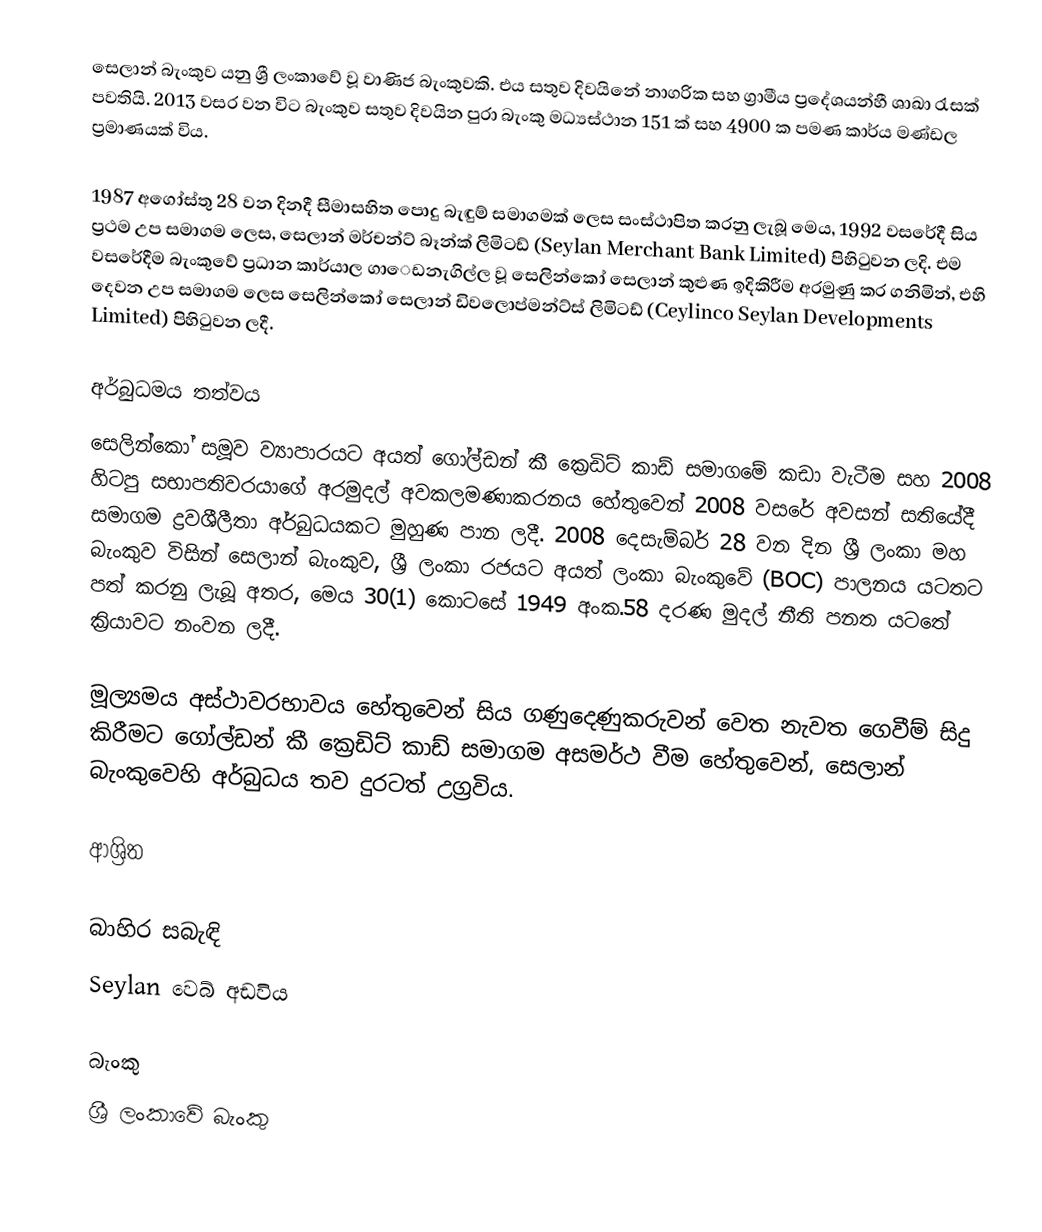
සෙලාන් බැංකුව යනු ශ්‍රී ලංකාවේ වූ වාණිජ බැංකුවකි. එය සතුව දිවයිනේ නාගරික සහ ග්‍රාමීය ප්‍රදේශයන්හී ශාඛා රැසක් පවතියි. 2013 වසර වන විට බැංකුව සතුව දිවයින පුරා බැංකු මධ්‍යස්ථාන 151 ක් සහ 4900 ක පමණ කාර්ය මණ්ඩල ප්‍රමාණයක් විය.

1987 අගෝස්තු 28 වන දිනදී සීමාසහිත පොදු බැඳුම් සමාගමක් ලෙස සංස්ථාපිත කරනු ලැබූ මෙය, 1992 වසරේදී සිය ප්‍රථම උප සමාගම ලෙස, සෙලාන් මර්චන්ට් බෑන්ක් ලිමිටඩ් (Seylan Merchant Bank Limited) පිහිටුවන ලදි. එම වසරේදීම බැංකුවේ ප්‍රධාන කාර්යාල ගාෙඩනැගිල්ල වූ සෙලින්කෝ සෙලාන් කුළුණ ඉදිකිරීම අරමුණු කර ගනිමින්, එහි දෙවන උප සමාගම ලෙස සෙලින්කෝ සෙලාන් ඩිවලොප්මන්ට්ස් ලිමිටඩ් (Ceylinco Seylan Developments Limited) පිහිටුවන ලදී.

අර්බුධමය තත්වය
සෙලින්කෝ සමූව ව්‍යාපාරයට අයත් ගෝල්ඩන් කී ක්‍රෙඩිට් කාඩ් සමාගමේ කඩා වැටීම සහ 2008 හිටපු සභාපතිවරයාගේ අරමුදල් අවකලමණාකරනය හේතුවෙන් 2008 වසරේ අවසන් සතියේදී සමාගම ද්‍රවශීලීතා අර්බුධයකට මුහුණ පාන ලදී. 2008 දෙසැම්බර් 28 වන දින ශ්‍රී ලංකා මහ බැංකුව විසින් සෙලාන් බැංකුව, ශ්‍රී ලංකා රජයට අයත් ලංකා බැංකුවේ (BOC) පාලනය යටතට පත් කරනු ලැබූ අතර, මෙය 30(1) කොටසේ 1949 අංක.58 දරණ මුදල් නීති පනත යටතේ ක්‍රියාවට නංවන ලදී.

මූල්‍යමය අස්ථාවරභාවය හේතුවෙන් සිය ගණුදෙණුකරුවන් වෙත නැවත ගෙවීම් සිදු කිරීමට ගෝල්ඩන් කී ක්‍රෙඩිට් කාඩ් සමාගම අසමර්ථ වීම හේතුවෙන්, සෙලාන් බැංකුවෙහි අර්බුධය තව දුරටත් උග්‍රවිය.

ආශ්‍රිත

බාහිර සබැඳි
 Seylan වෙබ් අඩවිය

බැංකු
ශ්‍රී ලංකාවේ බැංකු